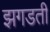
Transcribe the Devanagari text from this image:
झगडती